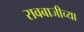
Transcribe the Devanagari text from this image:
रावबाजीच्या